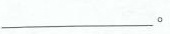
___。